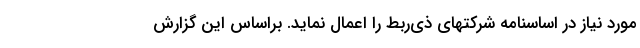
مورد نیاز در اساسنامه شرکتهای ذی‌ربط را اعمال نماید. براساس این گزارش